Annual vaccination report of Bihar and Orissa - 1911-1928
Year: 1911
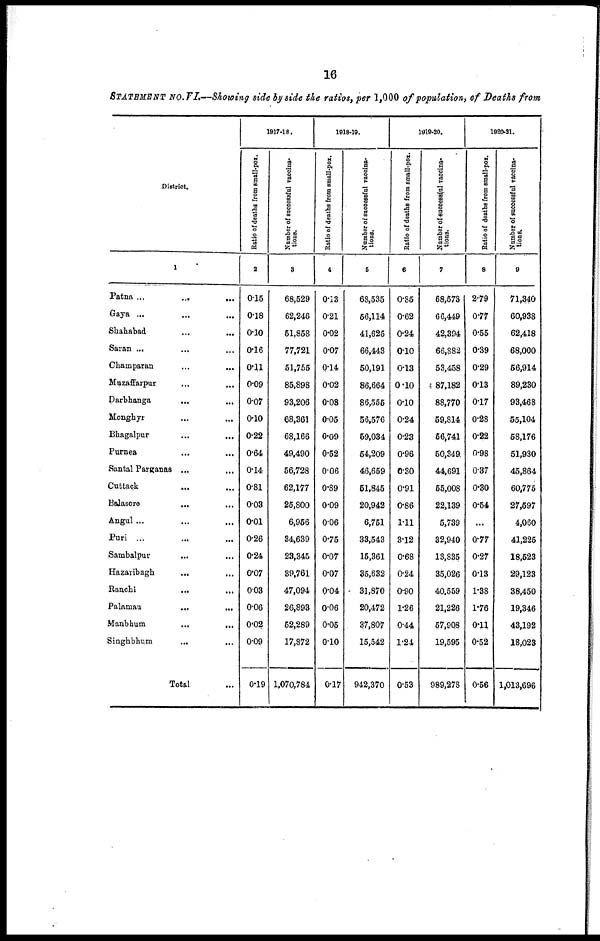
16
STATEMENT No. VI.—Showing side by side the ratios, per 1,000 of population, of Deaths from
District.
1
Patna ...
...
...
Gaya ... ... ...
Shahabad
... ...
Saran ... ... ...
Champaran
Muzaffarpur ... ...
Darbhanga
...
...
Monghyr
...
...
Bhagalpur
...
...
...
Purnea ... ...
Santal Parganas ...
Cuttack ... ...
Balasore ... ...
Angul... ...
Puri ...
...
...
Sambalpur
...
... ...
Hazaribagh
... ...
Ranchi
...
...
Palamau
...
...
Manbhum
...
...
Singhbhum
...
...
Total ...
1917-18.
Ratio of deaths from small-pox.
2
0.15
0.18
0.10
0.16
0.11
0.09
0.07
0.10
0.22
0.64
0.14
0.81
0.03
0.01
0.26
0.24
0.07
0.03
0.06
0.02
0.09
0.19
Number of successful vaccina-
tions.
3
68,529
62,246
51,858
77,721
51,755
85,898
93,206
68,361
68,166
49,490
56,728
62,177
25,800
6,956
34,639
23,345
39,761
47,094
26,893
52,289
17,872
1,070,784
1918-19.
Ratio of deaths from small-pox.
4
0.13
0.21
0.02
0.07
0.14
0.02
0.08
0.05
0.09
0.52
0.06
0.89
0.09
0.06
0.75
0.07
0.07
0.04
0.06
0.05
0.10
0.17
Number of successful vaccina¬
tions.
5
68,535
56,114
41,625
66,443
50,191
86,664
86,555
56,576
59,034
54,209
46,659
51,845
20,942
6,751
33,543
15,361
35,632
31,870
20,472
37,807
15,542
942,370
1919-20.
Ratio of deaths from small-pox.
6
0.85
0.62
0.24
0.10
0.13
0.10
0.10
0.24
0.23
0.96
0.30
0.91
0.86
1.11
3.12
0.68
0.24
0.90
1.26
0.44
1.24
0.53
Number of successful vaccina-
tions.
7
68,573
66,449
42,394
66,882
53,458
87,182
88,770
59,814
56,741
50,349
44,691
55,008
22,139
5,739
32,940
13,835
35,026
40,559
21,226
57,908
19,595
989,278
1920-21.
Ratio of deaths from small-pox.
8
2.79
0.77
0.55
0.39
0.29
0.13
0.17
0.28
0.22
0.98
0.37
0.30
0.54
...
0.77
0.27
0.13
1.38
1.76
0.11
0.52
0.56
Number of successful vaccina-
tions.
9
71,340
60,938
62,418
68,000
56,914
89,230
93,468
55,104
58,176
51,930
45,864
60,775
27,597
4,060
41,225
18,523
29,123
38,450
19,346
43,192
18,023
1,013,696